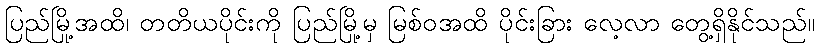
ပြည်မြို့အထိ၊ တတိယပိုင်းကို ပြည်မြို့မှ မြစ်ဝအထိ ပိုင်းခြား လေ့လာ တွေ့ရှိနိုင်သည်။